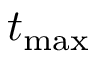
t _ { \mathrm { m a x } }